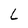
Character: L